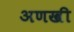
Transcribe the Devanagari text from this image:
अणखी